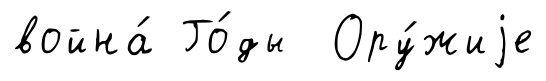
война́ Го́ды Ору́жиjе